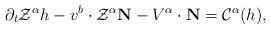
LaTeX: \begin{align*}\partial_t\mathcal{Z}^\alpha h-v^b\cdot\mathcal{Z}^\alpha\mathbf{N}-V^\alpha\cdot\mathbf{N}=\mathcal{C}^\alpha(h),\end{align*}